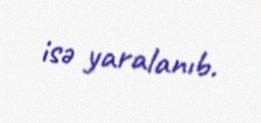
isə yaralanıb.